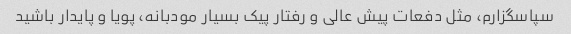
سپاسگزارم‌، مثل دفعات پیش عالی و رفتار پیک بسیار مودبانه، پویا و پایدار باشید